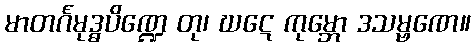
မာတင်္ဂမုဒ္ဓပိဏ္ဍေ တု၊ ဃဋေ ကုမ္ဘော ဒသမ္ဗဏေ။